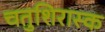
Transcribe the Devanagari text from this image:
चतुशिरास्क